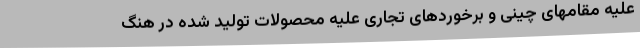
علیه مقامهای چینی و برخوردهای تجاری علیه محصولات تولید شده در هنگ